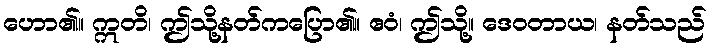
ဟော၏။ ဣတိ၊ ဤသို့နတ်ကပြော၏။ ဧဝံ၊ ဤသို့။ ဒေဝတာယ၊ နတ်သည်